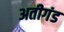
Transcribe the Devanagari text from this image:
अतीगंड